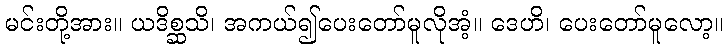
မင်းတို့အား။ ယဒိစ္ဆသိ၊ အကယ်၍ပေးတော်မူလိုအံ့။ ဒေဟိ၊ ပေးတော်မူလော့။